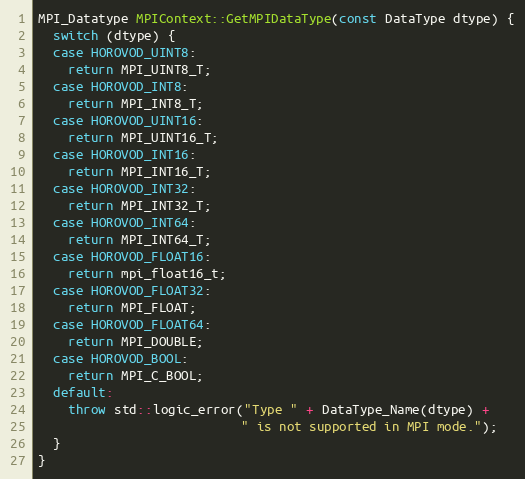
Language: C++
MPI_Datatype MPIContext::GetMPIDataType(const DataType dtype) {
  switch (dtype) {
  case HOROVOD_UINT8:
    return MPI_UINT8_T;
  case HOROVOD_INT8:
    return MPI_INT8_T;
  case HOROVOD_UINT16:
    return MPI_UINT16_T;
  case HOROVOD_INT16:
    return MPI_INT16_T;
  case HOROVOD_INT32:
    return MPI_INT32_T;
  case HOROVOD_INT64:
    return MPI_INT64_T;
  case HOROVOD_FLOAT16:
    return mpi_float16_t;
  case HOROVOD_FLOAT32:
    return MPI_FLOAT;
  case HOROVOD_FLOAT64:
    return MPI_DOUBLE;
  case HOROVOD_BOOL:
    return MPI_C_BOOL;
  default:
    throw std::logic_error("Type " + DataType_Name(dtype) +
                           " is not supported in MPI mode.");
  }
}